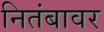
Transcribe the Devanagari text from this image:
नितंबावर